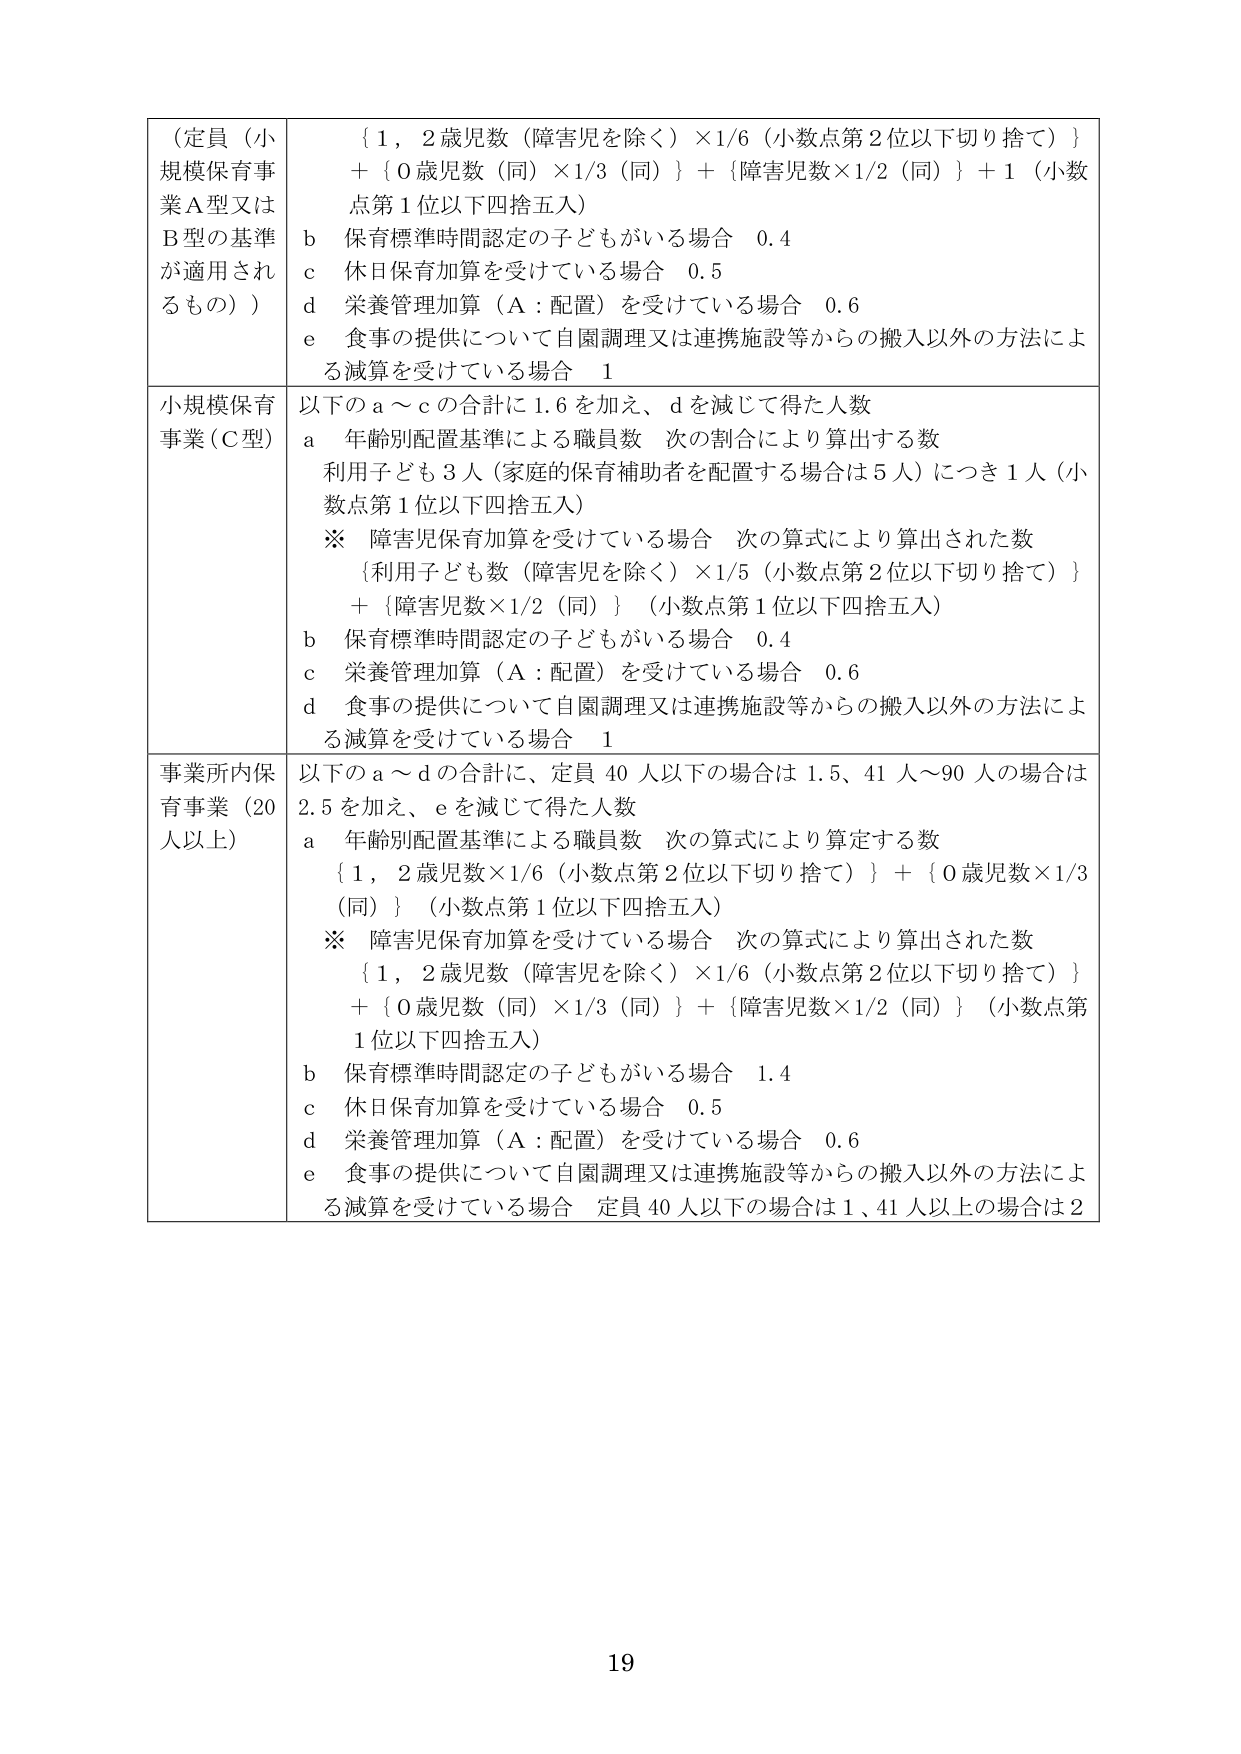
（定員（小規模保育事業Ａ型又はＢ型の基準が適用されるもの））
{１，２歳児数（障害児を除く）×1/6（小数点第2位以下切り捨て）}
＋{０歳児数（同）×1/3（同）}＋{障害児数×1/2（同）}＋1（小数点第1位以下四捨五入）
ｂ 保育標準時間認定の子どもがいる場合 0.4
ｃ 休日保育加算を受けている場合 0.5
ｄ 栄養管理加算（Ａ：配置）を受けている場合 0.6
ｅ 食事の提供について自園調理又は連携施設等からの搬入以外の方法による減算を受けている場合 1

小規模保育事業（Ｃ型）
以下のａ～ｃの合計に1.6を加え、ｄを減じて得た人数
ａ 年齢別配置基準による職員数 次の割合により算出する数
利用子ども3人（家庭的保育補助者を配置する場合は5人）につき1人（小数点第1位以下四捨五入）
※ 障害児保育加算を受けている場合 次の算式により算出された数
{利用子ども数（障害児を除く）×1/5（小数点第2位以下切り捨て）}
＋{障害児数×1/2（同）}（小数点第1位以下四捨五入）
ｂ 保育標準時間認定の子どもがいる場合 0.4
ｃ 栄養管理加算（Ａ：配置）を受けている場合 0.6
ｄ 食事の提供について自園調理又は連携施設等からの搬入以外の方法による減算を受けている場合 1

事業所内保育事業（20人以上）
以下のａ～ｄの合計に、定員40人以下の場合1.5、41人～90人の場合は2.5を加え、ｅを減じて得た人数
ａ 年齢別配置基準による職員数 次の算式により算定する数
{１，２歳児数×1/6（小数点第2位以下切り捨て）}＋{０歳児数×1/3（同）}（小数点第1位以下四捨五入）
※ 障害児保育加算を受けている場合 次の算式により算出された数
{１，２歳児数（障害児を除く）×1/6（小数点第2位以下切り捨て）}
＋{０歳児数（同）×1/3（同）}＋{障害児数×1/2（同）}（小数点第1位以下四捨五入）
ｂ 保育標準時間認定の子どもがいる場合 1.4
ｃ 休日保育加算を受けている場合 0.5
ｄ 栄養管理加算（Ａ：配置）を受けている場合 0.6
ｅ 食事の提供について自園調理又は連携施設等からの搬入以外の方法による減算を受けている場合 定員40人以下場合は1、41人以上場合は2

19